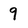
Character: 9